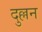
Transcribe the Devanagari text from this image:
दुल्लन